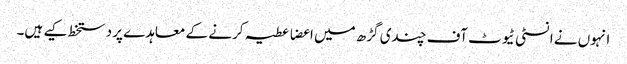
انہوں نے انسٹی ٹیوٹ آف چندی گڑھ میں اعضا عطیہ کرنے کے معاہدے پر دستخط کیے ہیں۔